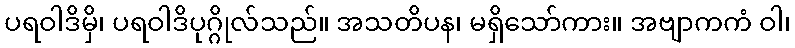
ပရဝါဒိမှိ၊ ပရဝါဒိပုဂ္ဂိုလ်သည်။ အသတိပန၊ မရှိသော်ကား။ အဗျာကကံ ဝါ၊